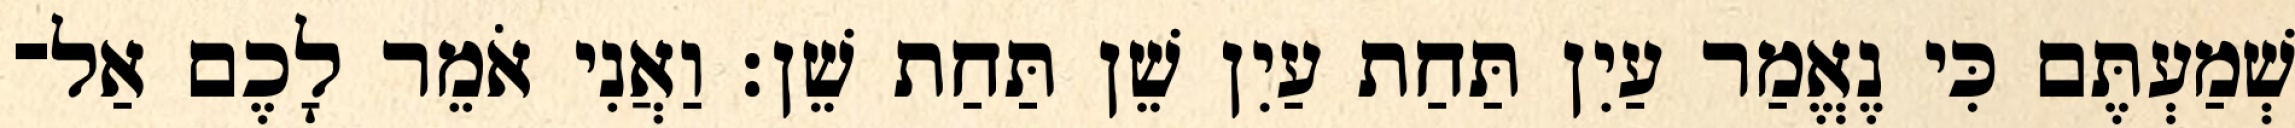
שְׁמַעְתֶּם כִּי נֶאֱמַר עַיִן תַּחַת עַיִן שֵׁן תַּחַת שֵׁן׃ וַאֲנִי אֹמֵר לָכֶם אַל־